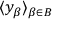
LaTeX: \langle y _ { \beta } \rangle _ { \beta \in B }